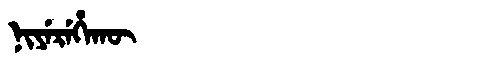
Manchu: ᠨᡳᠶᡝᡵᡝᡥᠠᡴᡡ
Romanization: NIYEREHAKŪ